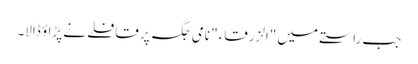
جب راستے میں "الزرقاء" نامی جگہ پر قافلے نے پڑاؤ ڈالا۔